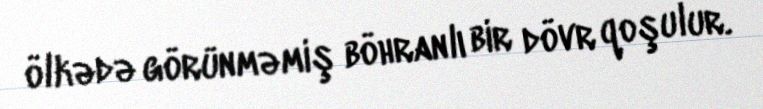
ölkədə görünməmiş böhranlı bir dövr qoşulur.